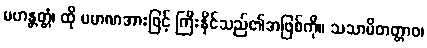
မဟန္တတ္တံ၊ ထို ပမာဏအားဖြင့် ကြီးနိုင်သည်၏အဖြစ်ကို။ သသာမိတတ္တာဝ၊